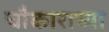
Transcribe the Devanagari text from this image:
चौकाराच्या